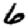
Digit: 6